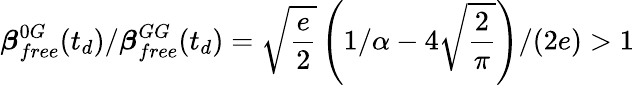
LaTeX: \boldsymbol{\beta}_{free}^{0G}(t_{d})/\boldsymbol{\beta}_{free}^{GG}(t_{d})=\sqrt{\frac{e}{2}}\left(1/\alpha-4\sqrt{\frac{2}{\pi}}\right)/(2e)>1